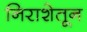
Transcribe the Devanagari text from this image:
निराशेतून